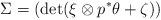
LaTeX: \begin{align*} \Sigma = (\det (\xi\otimes p^*\theta + \zeta) )\end{align*}